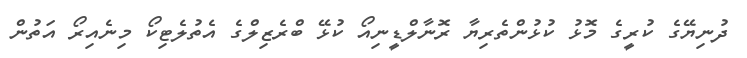
ދުނިޔޭގެ ކުރީގެ މޮޅު ކުޅުންތެރިޔާ ރޮނާލްޑީނިއޯ ކުޅޭ ބްރެޒިލްގެ އެތުލެޓިކޯ މިނެއިރޯ އަތުން